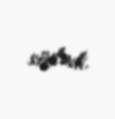
söylədi.